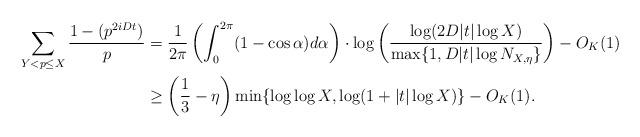
LaTeX: \begin{align*}\sum_{Y < p \leq X} \frac{1-(p^{2iDt})}{p} &= \frac{1}{2\pi} \left(\int_0^{2\pi} (1-\cos \alpha)d\alpha\right) \cdot \log\left(\frac{\log(2D|t| \log X)}{\max\{1, D|t|\log N_{X,\eta}\}}\right) - O_K(1)\\&\geq \left(\frac{1}{3}-\eta\right) \min\{\log\log X, \log(1+|t| \log X)\} - O_K(1).\end{align*}